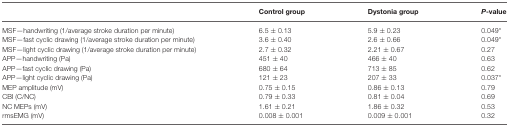
|  | Control group | Dystonia group | P-value |
 | --- | --- | --- | --- |
 | MSF—handwriting (1/average stroke duration per minute) | 6.5 ± 0.13 | 5.9 ± 0.23 | 0.049* |
 | MSF—fast cyclic drawing (1/average stroke duration per minute) | 3.6 ± 0.40 | 2.6 ± 0.66 | 0.049* |
 | MSF—light cyclic drawing (1/average stroke duration per minute) | 2.7 ± 0.32 | 2.21 ± 0.67 | 0.27 |
 | APP—handwriting (Pa) | 451 ± 40 | 466 ± 40 | 0.63 |
 | APP—fast cyclic drawing (Pa) | 680 ± 64 | 713 ± 85 | 0.62 |
 | APP—light cyclic drawing (Pa) | 121 ± 23 | 207 ± 33 | 0.037* |
 | MEP amplitude (mV) | 0.75 ± 0.15 | 0.86 ± 0.13 | 0.79 |
 | CBI (C/NC) | 0.79 ± 0.33 | 0.81 ± 0.04 | 0.69 |
 | NC MEPs (mV) | 1.61 ± 0.21 | 1.86 ± 0.32 | 0.53 |
 | rmsEMG (mV) | 0.008 ± 0.001 | 0.009 ± 0.001 | 0.32 |